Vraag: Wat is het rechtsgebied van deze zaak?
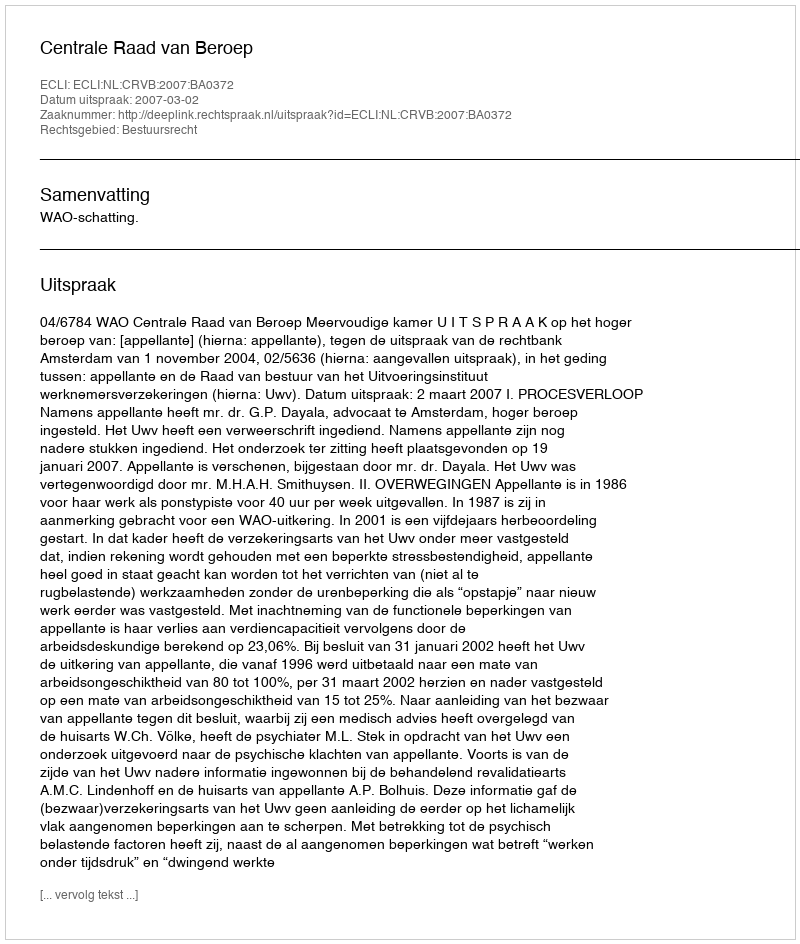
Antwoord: Bestuursrecht